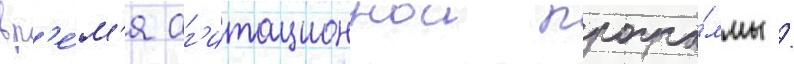
вр'е́м'я аг'итационнои програ́ммы /